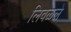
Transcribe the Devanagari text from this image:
लिवळले